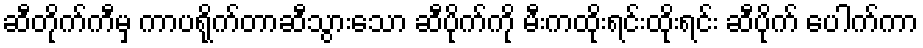
ဆီတိုက်ကီမှ ကာပရိုက်တာဆီသွားသော ဆီပိုက်ကို မီးကထိုးရင်းထိုးရင်း ဆီပိုက် ပေါက်ကာ